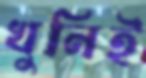
খুনিই